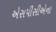
એસપીસીએના